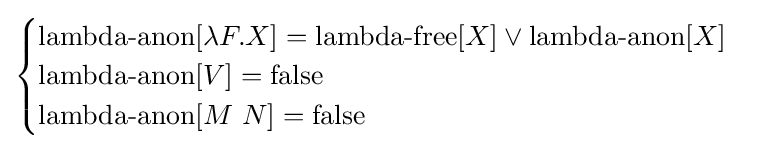
{\begin{cases}\operatorname {lambda-anon} [\lambda F.X]=\operatorname {lambda-free} [X]\lor \operatorname {lambda-anon} [X]\\\operatorname {lambda-anon} [V]=\operatorname {false} \\\operatorname {lambda-anon} [M\ N]=\operatorname {false} \end{cases}}